Civil Veterinary Department Bihar reports 1936-40 - 1936-1940
Year: 1936
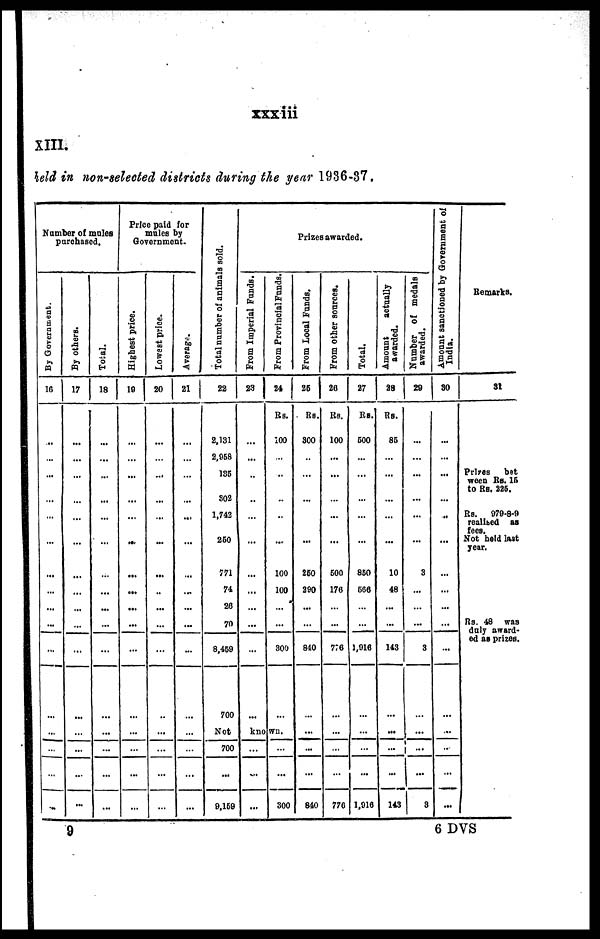
xxxiii
XIII.
held in non-selected districts during the year 1936-37.
Number of males
parchased.
By Government.
16
...
...
…
...
…
...
...
…
...
…
…
…
...
…
…
…
By others.
17
...
...
…
…
…
…
...
...
...
…
...
…
…
...
...
...
Total.
18
...
...
…
...
…
…
…
...
...
…
...
…
...
…
…
...
Price paid for
mules by
Government.
Highest price.
19
...
...
…
...
…
…
...
...
...
…
…
…
…
…
...
…
Lowest price.
20
...
…
…
...
…
…
...
..
...
…
…
…
...
…
...
...
Average.
21
…
…
…
...
…
...
...
...
...
…
...
…
…
…
...
...
Total number of animals sold.
22
2,131
2,058
135
302
1,742
260
771
74
26
70
8,459
700
Prizes awarded.
From Imperial Funds.
23
...
...
…
..
…
...
...
...
...
…
...
…
From Provincial Funds.
24
Rs.
100
…
…
…
…
…
100
100
…
…
300
…
Not
known.
700
...
9,159
...
…
...
...
...
300
From Local Funds.
25
Rs.
300
…
…
…
…
...
260
290
...
…
840
…
...
...
...
840
From other sources.
26
Rs.
100
...
…
…
...
…
600
176
...
…
776
…
…
…
…
776
Total.
27
Rs.
600
...
…
…
…
...
850
566
…
…
1,916
…
…
…
...
1,916
Amount
actually
awarded.
28
Rs.
85
…
…
...
…
...
10
48
...
…
143
…
…
...
...
143
Number of medals
awarded.
29
...
…
…
...
...
...
3
…
...
…
3
…
...
…
…
3
Amount sanctioned by Government of
India.
30
...
...
…
...
...
...
...
...
...
…
...
…
...
…
…
...
Remarks.
31
Prices
bet
ween Rs. 15
to Rs. 225.
Rs.
979-8-9
realised as
fees.
Not held last
year.
Rs. 48 was
duly award-
ed as prizes.
9
6 DVS